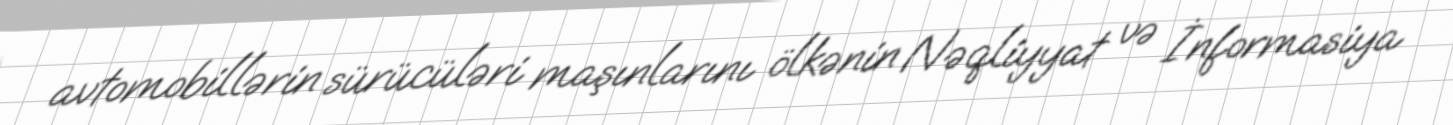
avtomobillərin sürücüləri maşınlarını ölkənin Nəqliyyat və İnformasiya